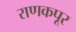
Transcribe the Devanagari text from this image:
राणकपूर